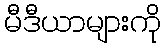
မီဒီယာများကို